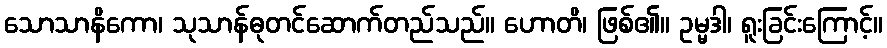
သောသာနိကော၊ သုသာန်ဓုတင်ဆောက်တည်သည်။ ဟောတိ၊ ဖြစ်၏။ ဥမ္မဒါ၊ ရူးခြင်းကြောင့်။